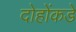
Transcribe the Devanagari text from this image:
दोहोंकडे